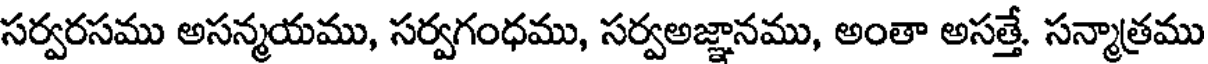
సర్వరసము అసన్మయము, సర్వగంధము, సర్వఅజ్ఞానము, అంతా అసత్తే. సన్మాత్రము